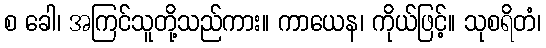
စ ခေါ၊ အကြင်သူတို့သည်ကား။ ကာယေန၊ ကိုယ်ဖြင့်။ သုစရိတံ၊